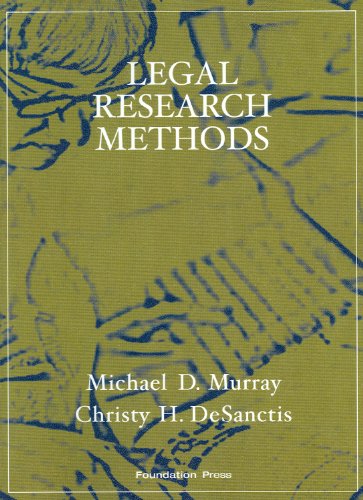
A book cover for Legal Research Methods (Interactive Casebook Series); Michael Murray; Law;